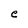
Character: e